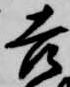
吉